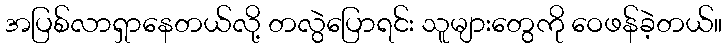
အပြစ်လာရှာနေတယ်လို့ တလွဲပြောရင်း သူများတွေကို ဝေဖန်ခဲ့တယ်။